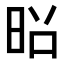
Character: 𫞃